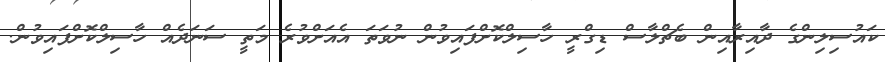
ކައުސިލިންގެ ދާއިރާއިން ބެޗްލާސް ޑިގްރީ ހާސިލްކޮށްފައިވުން ނުވަތަ އެއަށްވުރެ މަތީ ސަނަދެއް ހާސިލްކޮށްފައިވުން.